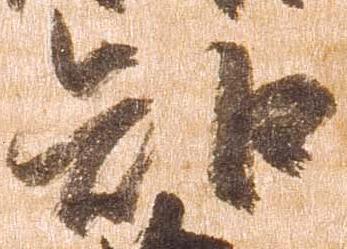
知